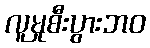
လူမှုစီးပွားဘဝ